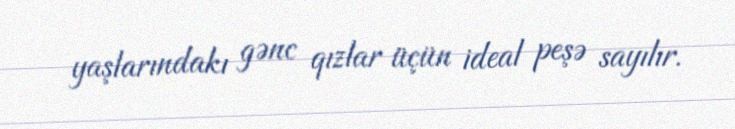
yaşlarındakı gənc qızlar üçün ideal peşə sayılır.